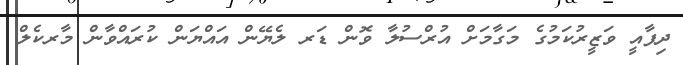
ދިފާއީ ވަޒީރުކަމުގެ މަގާމަށް އުރްސުލާ ވޮން ޑަރ ލެޔޭން އައްޔަން ކުރައްވާން މާރކެލް